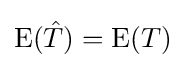
\operatorname {E} ({\hat {T}})=\operatorname {E} (T)